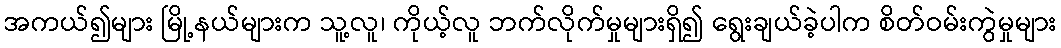
အကယ်၍များ မြို့နယ်များက သူ့လူ၊ ကိုယ့်လူ ဘက်လိုက်မှုများရှိ၍ ရွေးချယ်ခဲ့ပါက စိတ်ဝမ်းကွဲမှုများ